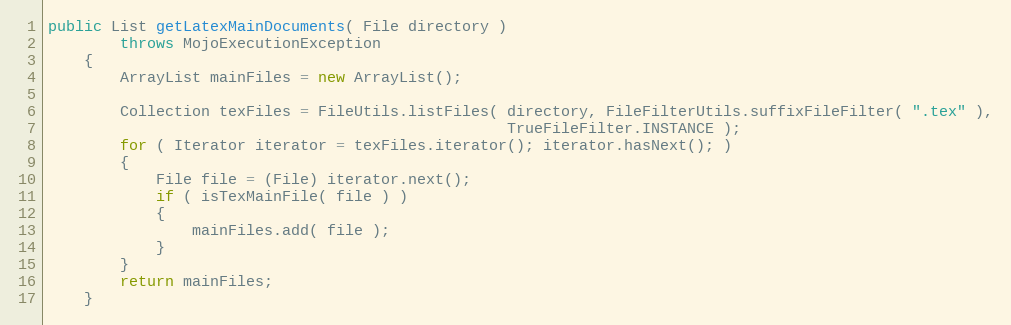
Language: Java
public List getLatexMainDocuments( File directory )
        throws MojoExecutionException
    {
        ArrayList mainFiles = new ArrayList();

        Collection texFiles = FileUtils.listFiles( directory, FileFilterUtils.suffixFileFilter( ".tex" ),
                                                   TrueFileFilter.INSTANCE );
        for ( Iterator iterator = texFiles.iterator(); iterator.hasNext(); )
        {
            File file = (File) iterator.next();
            if ( isTexMainFile( file ) )
            {
                mainFiles.add( file );
            }
        }
        return mainFiles;
    }